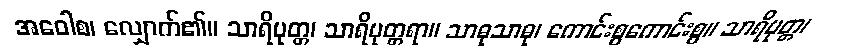
အဝေါစ၊ လျှောက်၏။ သာရိပုတ္တ၊ သာရိပုတ္တရာ။ သာဓုသာဓု၊ ကောင်းစွကောင်းစွ။ သာရိပုတ္တ၊